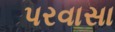
પરવાસા